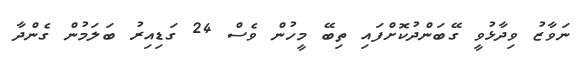
ނަވާޒު ވިދާޅުވީ ގޭބަންދުކޮށްފައި ތިބޭ މީހުން ވެސް 24 ގަޑިއިރު ބަލަމުން ގެންދާ